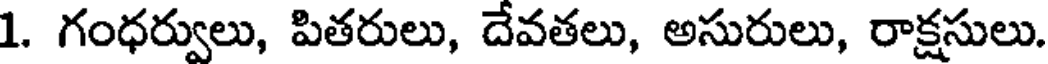
1. గంధర్వులు, పితరులు, దేవతలు, అసురులు, రాక్షసులు.